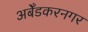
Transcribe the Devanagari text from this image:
अबेँडकरनगर